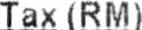
TAX(RM)